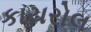
કાચરોલ